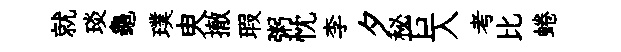
就琰龜璞㬰撤瑕粥忱李夕秘巨入考比蜷